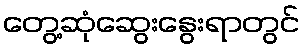
တွေ့ဆုံဆွေးနွေးရာတွင်